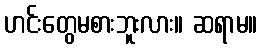
ဟင်းတွေမစားဘူးလား။ ဆရာမ။